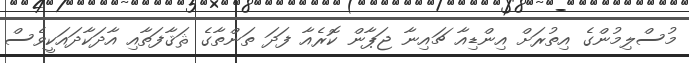
މުސްލިމުންގެ އިތުރަށް އިންޑިއާ ޗައިނާ ޖަޕާން ކޮރެއާ ފަދަ ތަންތާގެ ޘަޤާފަތާއި އާދަކާދައަކީވެސް